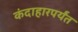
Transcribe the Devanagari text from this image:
कंदाहारपर्यंत